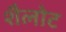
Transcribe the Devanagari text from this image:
शैलोट